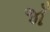
જાઁ